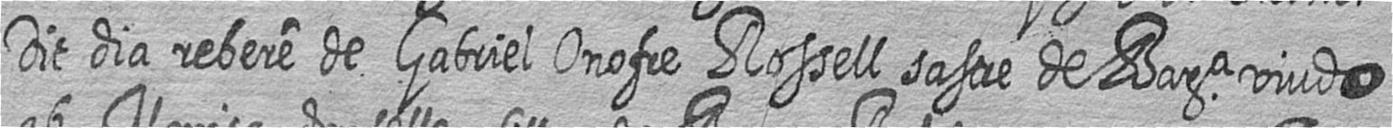
Dit dia rebere de Gabriel Onofre Rossell sastre de Bara viudo